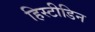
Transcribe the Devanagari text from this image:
हिस्टीडिन